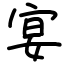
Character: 宴